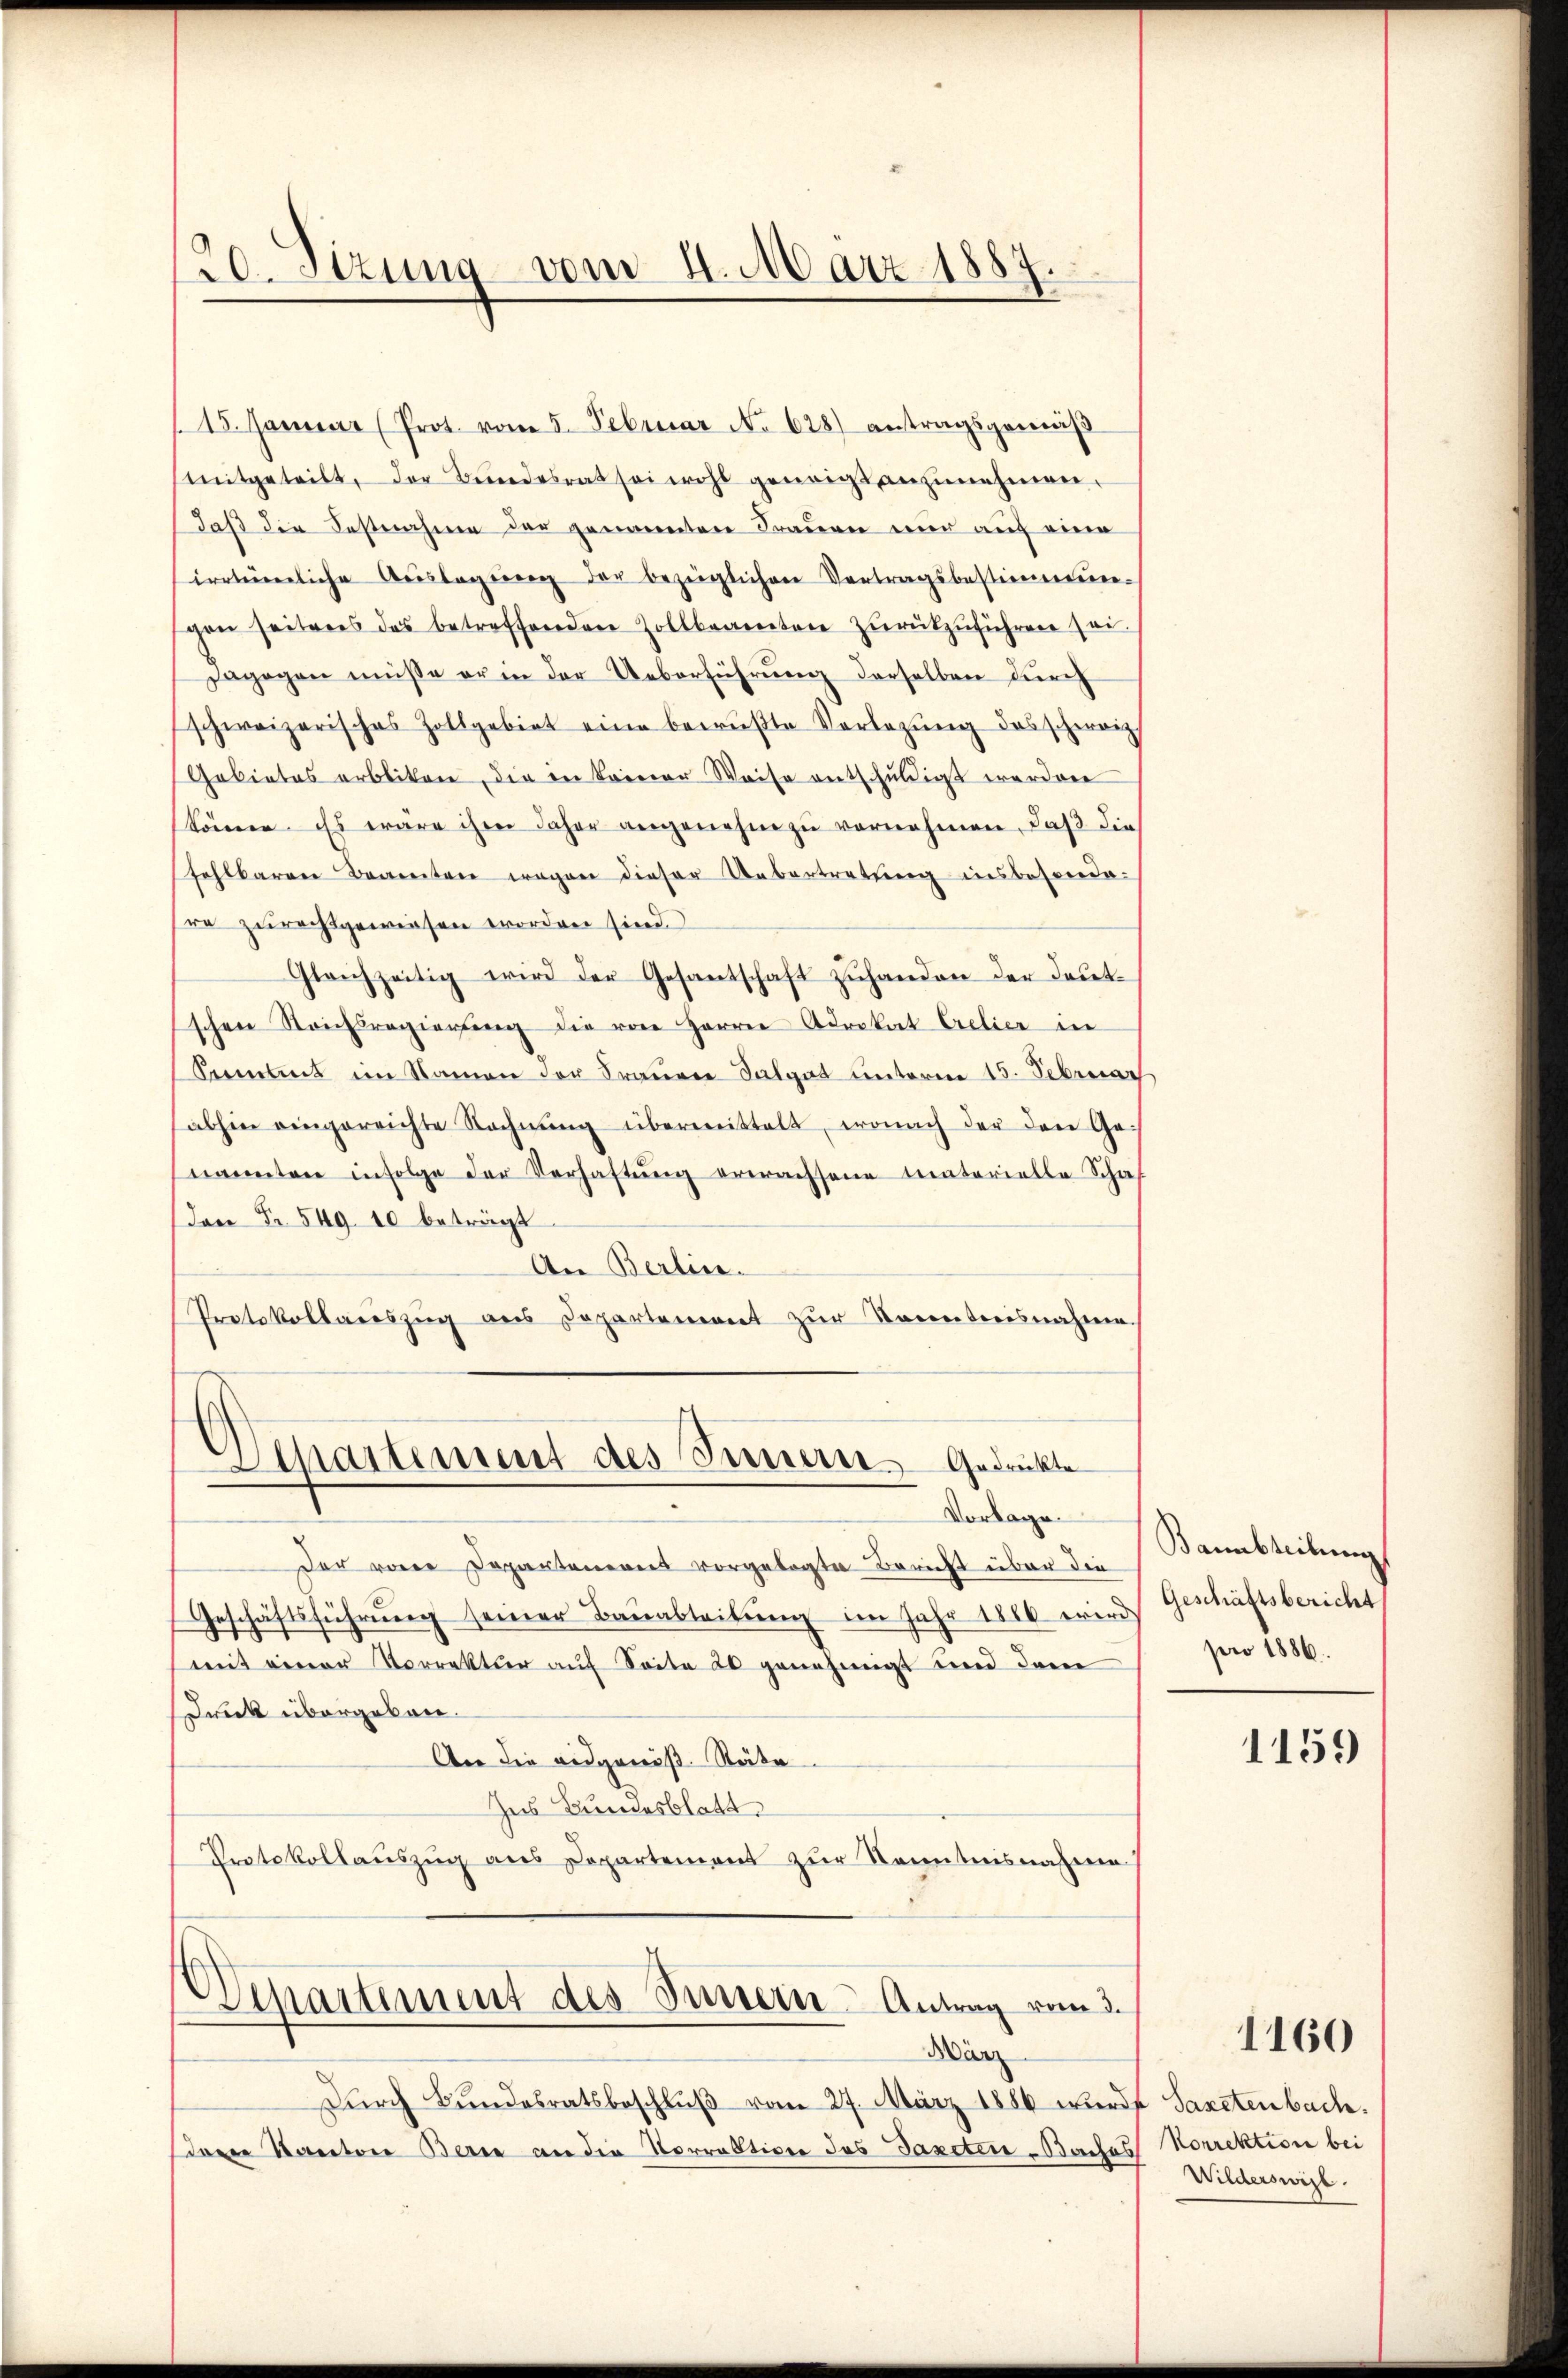
20. Sizung vom 4. März 1887

15. Januar (Prot. vom 5. Februar No 628 antragsgemäβ
mitgeteilt, der Bundesrat sei wohl geneigt anzunehmen,
daß die Festnahme der genannten Frauen nur auf eine
irrtümliche Aŭslagŭng der bezüglichen Vertragsbestimmun-
gen seitens des betreffenden Zollbeamten zŭrückzŭführen sei.
Dagegen müsse er in der Ueberführung derselben durch
schweizerisches Zollgebiet eine bewŭβte Vorlegŭng des schweiz
Gebietes erbliten, die in keiner Weise entschuldigt worden
können. Es wäre ihm daher angenehm zu vornehmen, daß die
fehlbaren Beamten wegen dieser Uebertretung insbesondere zurechtsgewiesen worden sind.
Gleichzeitig wird der Gesantschaft zŭhanden der deut-
schen Stonessregierung die von Herrn Advokat Crelier in
Aemtes im Namen der Frauere Salat unterm 15. Februar
abhin eingereichte Rechnŭng übermittelt, wonach der den Ge-
nannten infolge der Verhaltŭng erwachsene Materielle Schaf
dan Fr. 549. 10 beträgt
An Berlin.
Protokollauszug aus Departement zur Kenntnisnahmen.
Departement des Innern Gedrückte
Vorlage.
Der von Departaneres vorgelegte Bericht über die
Geschäftsführŭng seiner Bauabteilŭng im Jahr 1866 wird
(mit einer Vorrektŭr aŭf Seite 20 genehmigt und dem
Dueck übergeben.
An die eidgeniß. Räte
Zes Bundesblatt
d
Protokollaŭszŭg ans Departement zŭr Kenntnisnahmen
Vepartement des Innern Antrag vom 3.
März
Dŭrch Bundesratsbeschlŭβ vom 27. März 1886 wurd
dren Kanton Berne an die Vorrektion des Taxeter-Bachos

Bannbteilung
Geschäftsbericht
pro 1886.

1159

Sapetenbach.
Korrektion bei
Wilderswirk

1160